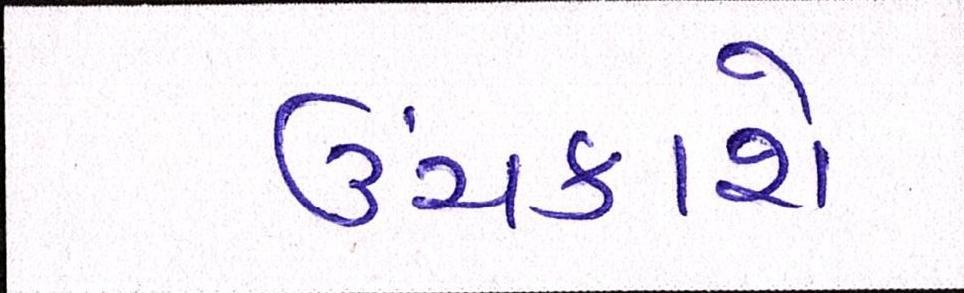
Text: ઉંચકાશે